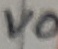
Text: VO